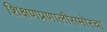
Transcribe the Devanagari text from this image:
शिक्षणप्रणालीसमोरचा